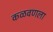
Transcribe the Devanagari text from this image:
कळवणला